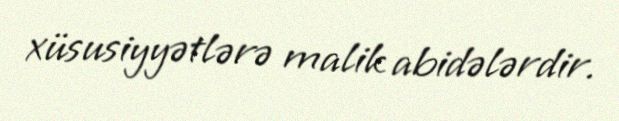
xüsusiyyətlərə malik abidələrdir.